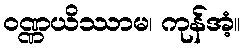
ဝဏ္ဏယိဿာမ၊ ကုန်အံ့။